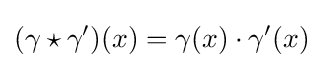
(\gamma \star \gamma ')(x)=\gamma (x)\cdot \gamma '(x)